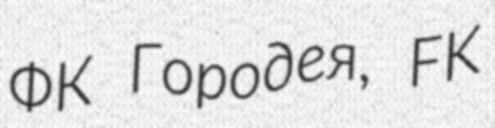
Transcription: ФК Городея, FK